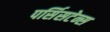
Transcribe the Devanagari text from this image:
पर्सिसटेन्स